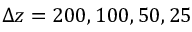
\Delta z = 2 0 0 , 1 0 0 , 5 0 , 2 5